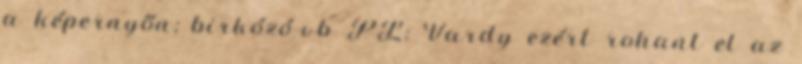
a képernyőn; birkózó-vb PL: Vardy ezért rohant el az